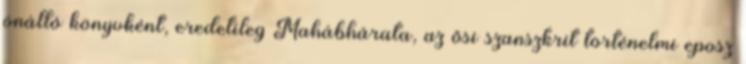
önálló könyvként, eredetileg Mahábhárata, az ősi szanszkrit történelmi eposz